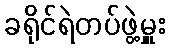
ခရိုင်ရဲတပ်ဖွဲ့မှူး